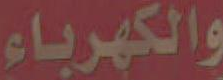
والكهرباء